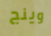
وينج